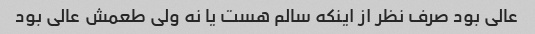
عالی بود صرف نظر از اینکه سالم هست یا نه ولی طعمش عالی بود